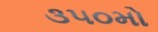
૩૫૦મો